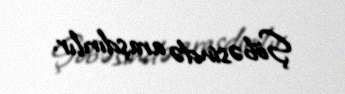
Şöbəsində araşdırılır.